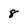
Character: 8